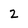
Character: 2